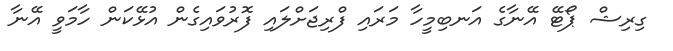
ގިރިޝް ޕޯޓޭ އޭނާގެ އަނބިމީހާ މަރައި ފްރިޖަށްލައި ފޮރުވައިގެން އުޅޭކަން ހާމަވީ އޭނާ